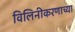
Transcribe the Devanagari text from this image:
विलिनीकरणाच्या